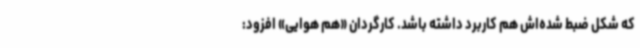
که شکل ضبط شده‌اش هم کاربرد داشته باشد. کارگردان «هم هوایی» افزود: